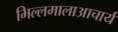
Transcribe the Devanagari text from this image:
भिल्लमालाआचार्य